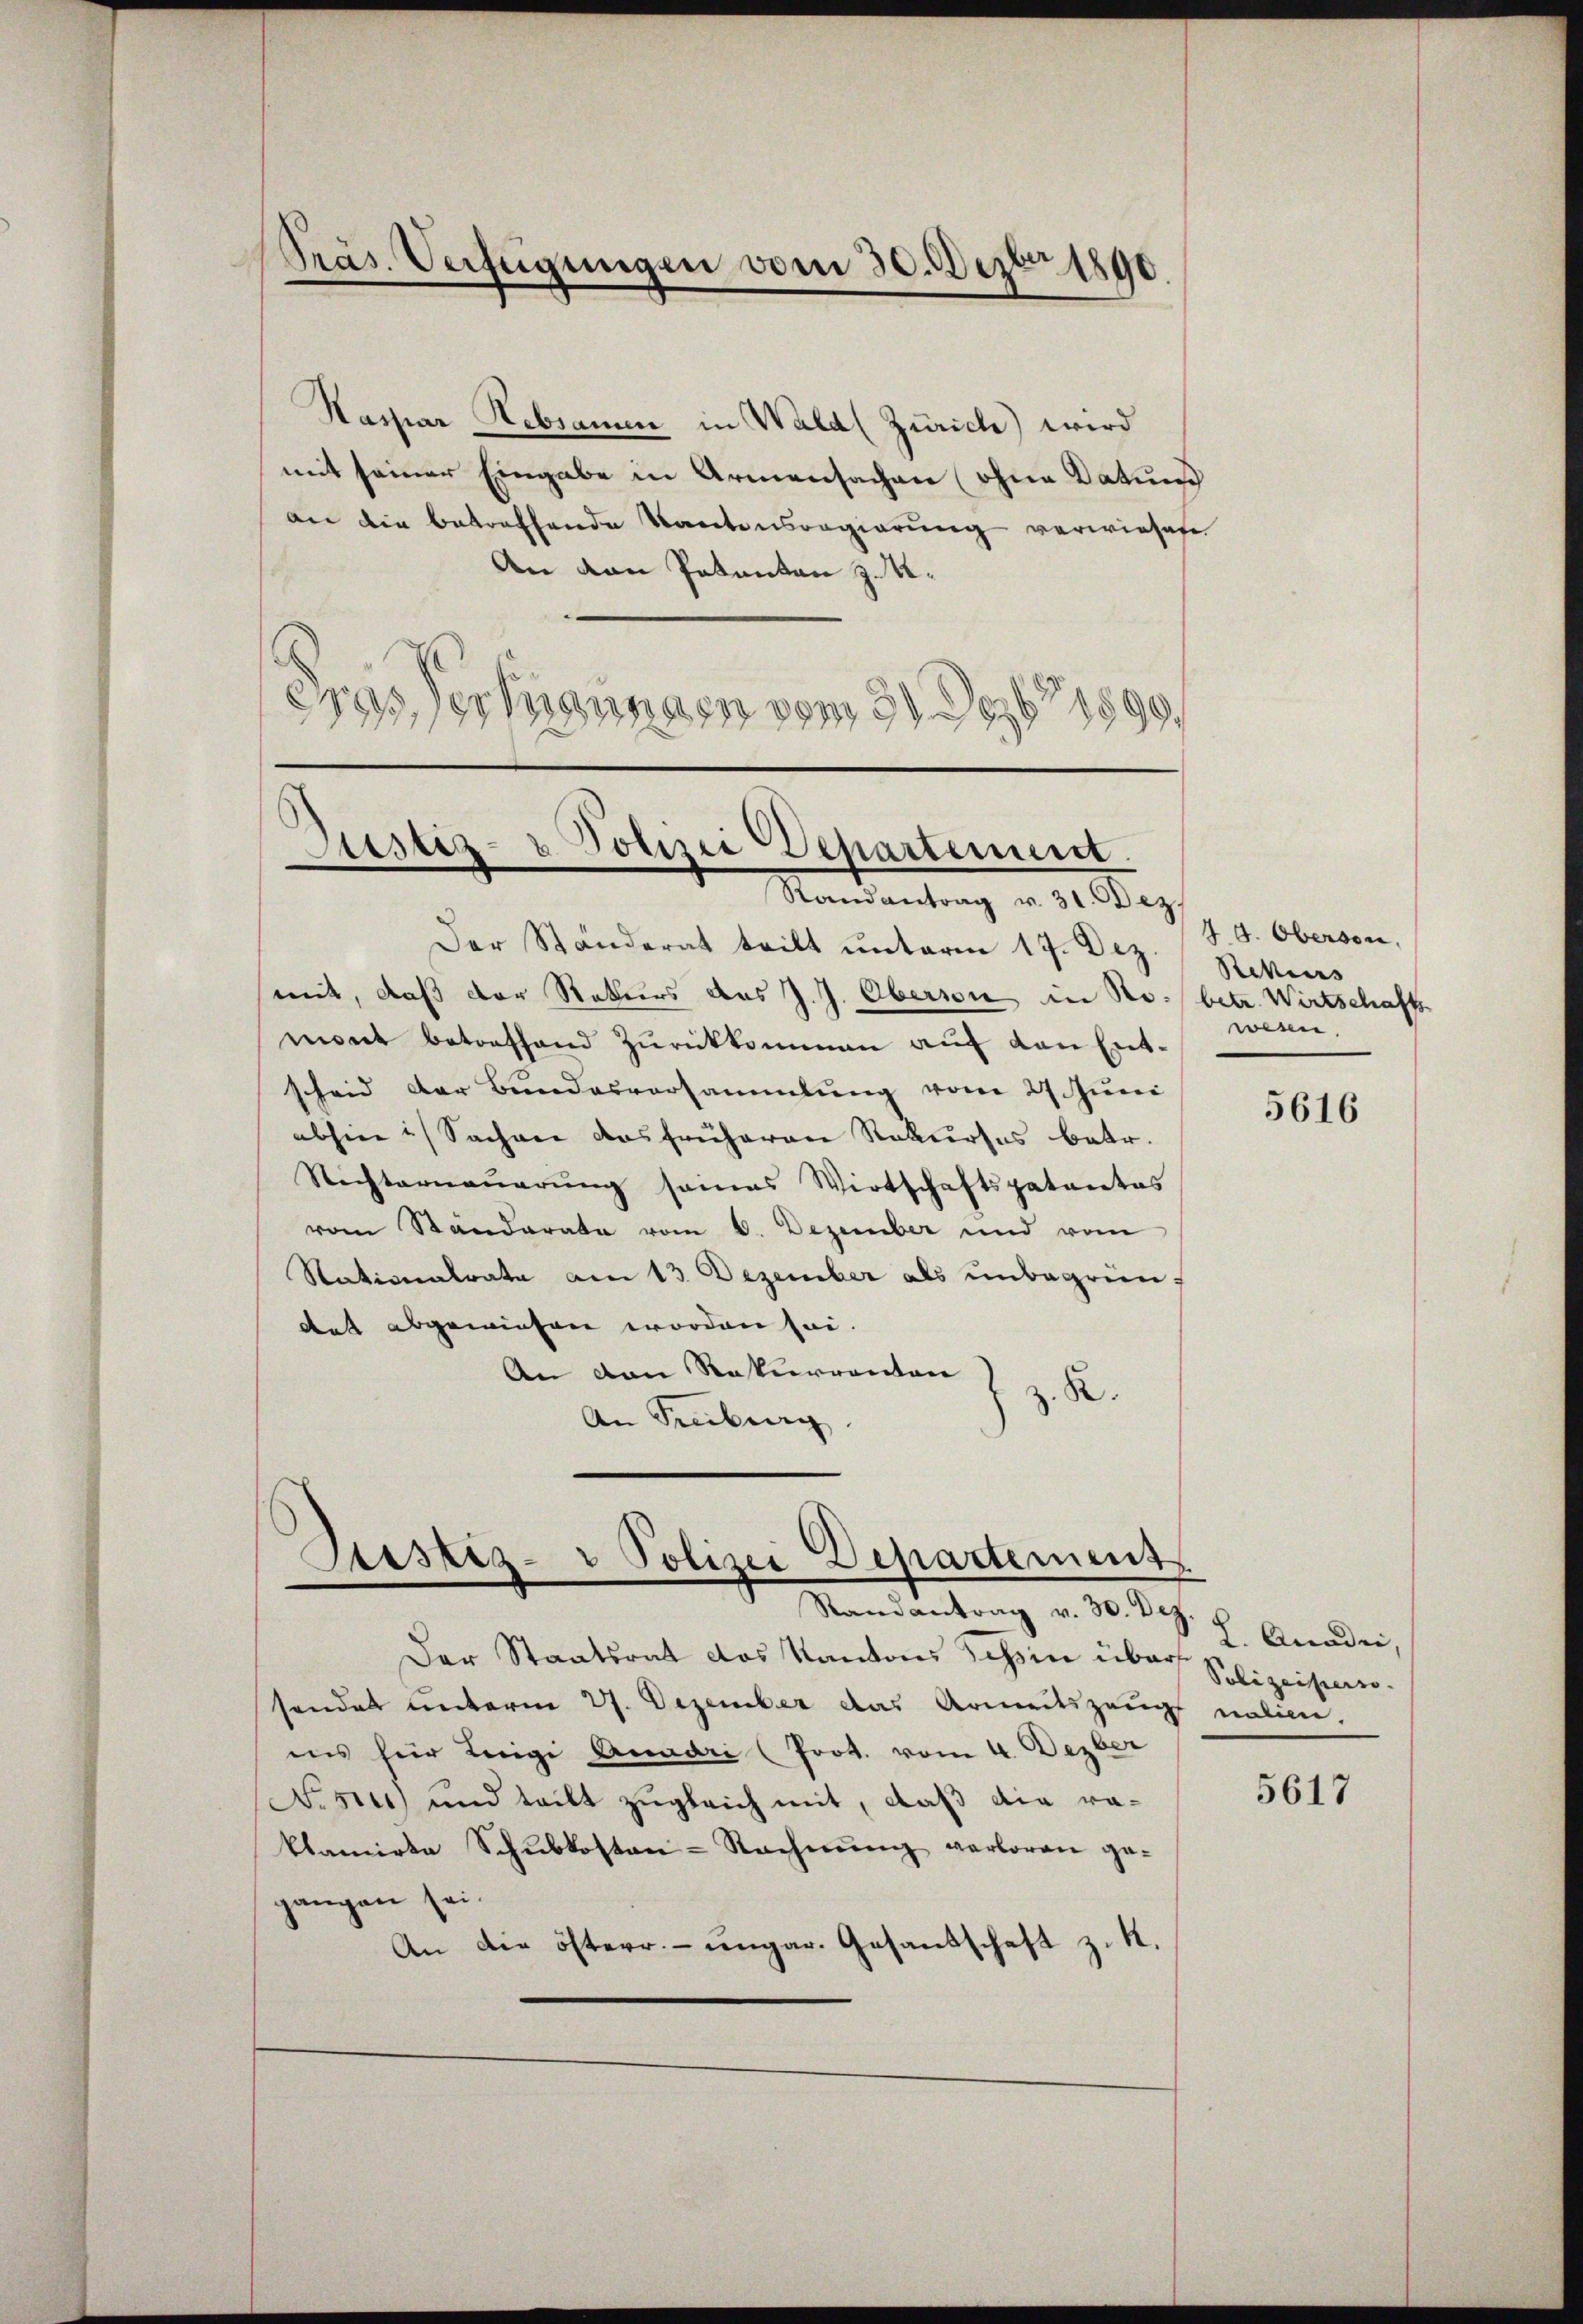
Präs. Verfügungen vom 30. Dezbr 1890.

Kassian Rebsamen in Wald (Zürich) wird
mit seiner Eingabe in Armensachen ohne Datum
an die betreffende Kantonsregierung verwiesene
An den Pakanton J. U.
2
eras Vernannden vom 3. Dezbr 1890

Bestiz- u. Polizei Departement.
Randantrag v. 31. Dez.

Der Ständerat teilt unterm 17. Dez.
mit, daß der Rekurs des J. J. Oberson in Ro. betr. Wirtschafts
mont betreffend Zŭrückkommen aŭf den Entscheid der Bundesversammlung vom 27. Juni
abhin Sachen das früheren Rekurses betr.
Richternauerung seines Wirtschaftspatentes
vom Standerata vom 6. Dezember und vom
Stationalrate am 13. Dezember als unbegründat abgewiesen worden sei.
An den Rekurrenten
z. R.
An Freiburg

Justiz- & Polizei Departement
Randantrag v. 30. Dez.

Der Staatsrat des Kantons Schien über Polizeister-
sendet unterm 27. Dezember das Armeitszeug nalien.
ins für Leige Quadri (Prot. vom 4. Dezber
N.s, und teilt zugleich mit, daß die raklamirte Schŭbkosten-Rechnŭng verloren ge-
gangen sei.
An die österr. ungar. Gesandschaft z. R.

4 d. Oberson,
Rekurs
wesen.

5616

L. Acaden,

5617